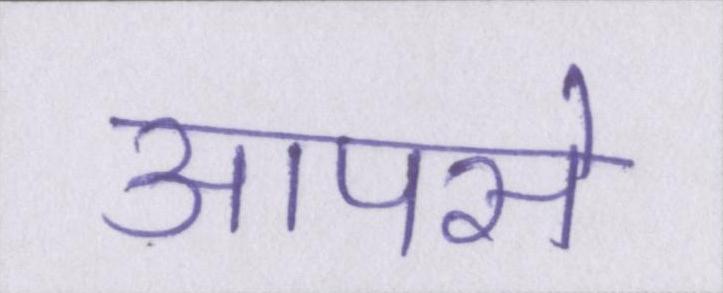
आपसे